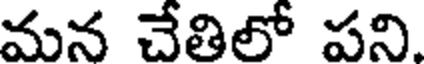
మన చేతిలో పని.